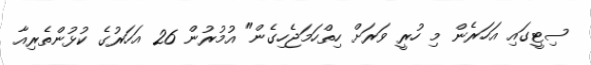
ސިޓީގައި އަހަރެން މި ހުރީ ވަރަށް ހިތްހަމަޖެހިގެން" އުމުރުން 26 އަހަރުގެ ކުޅުންތެރިއާ